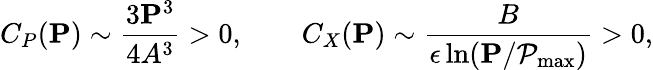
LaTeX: C_{P}(\mathbf{P})\sim\frac{3\mathbf{P}^{3}}{4A^{3}}>0,\qquad C_{X}(\mathbf{P})\sim\frac{B}{\epsilon\ln(\mathbf{P}/\mathcal{P}_{\operatorname*{max}})}>0,